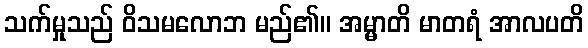
သက်မှုသည် ဝိသမလောဘ မည်၏။ အမ္မာတိ မာတရံ အာလပတိ